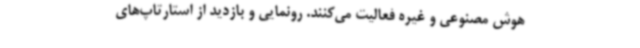
هوش مصنوعی و غیره فعالیت می‌کنند. رونمایی و بازدید از استارتاپ‌های